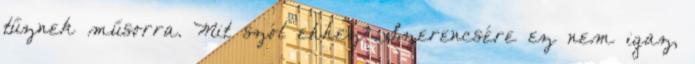
tűznek műsorra. Mit szól ehhez? Szerencsére ez nem igaz,